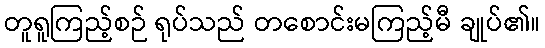
တူရူကြည့်စဉ် ရုပ်သည် တစောင်းမကြည့်မီ ချုပ်၏။